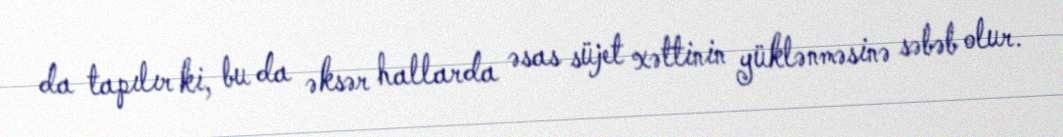
da tapılır ki, bu da əksər hallarda əsas süjet xəttinin yüklənməsinə səbəb olur.